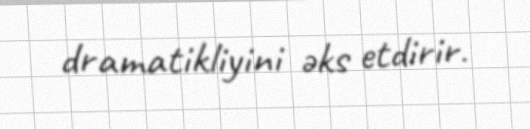
dramatikliyini əks etdirir.